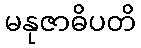
မနုဇာဓိပတိ